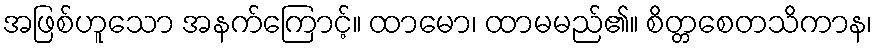
အဖြစ်ဟူသော အနက်ကြောင့်။ ထာမော၊ ထာမမည်၏။ စိတ္တစေတသိကာန၊